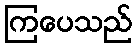
ကြပေသည်